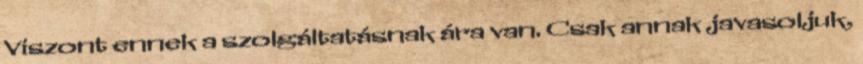
Viszont ennek a szolgáltatásnak ára van. Csak annak javasoljuk,